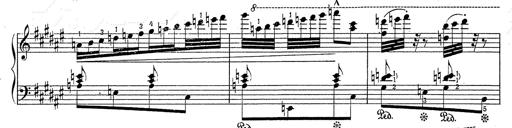
Title: Hungarian Rhapsody No.2
Composer: Franz Liszt
Key: C-sharp minor